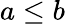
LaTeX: a\leq b